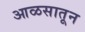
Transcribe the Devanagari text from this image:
आळसातून